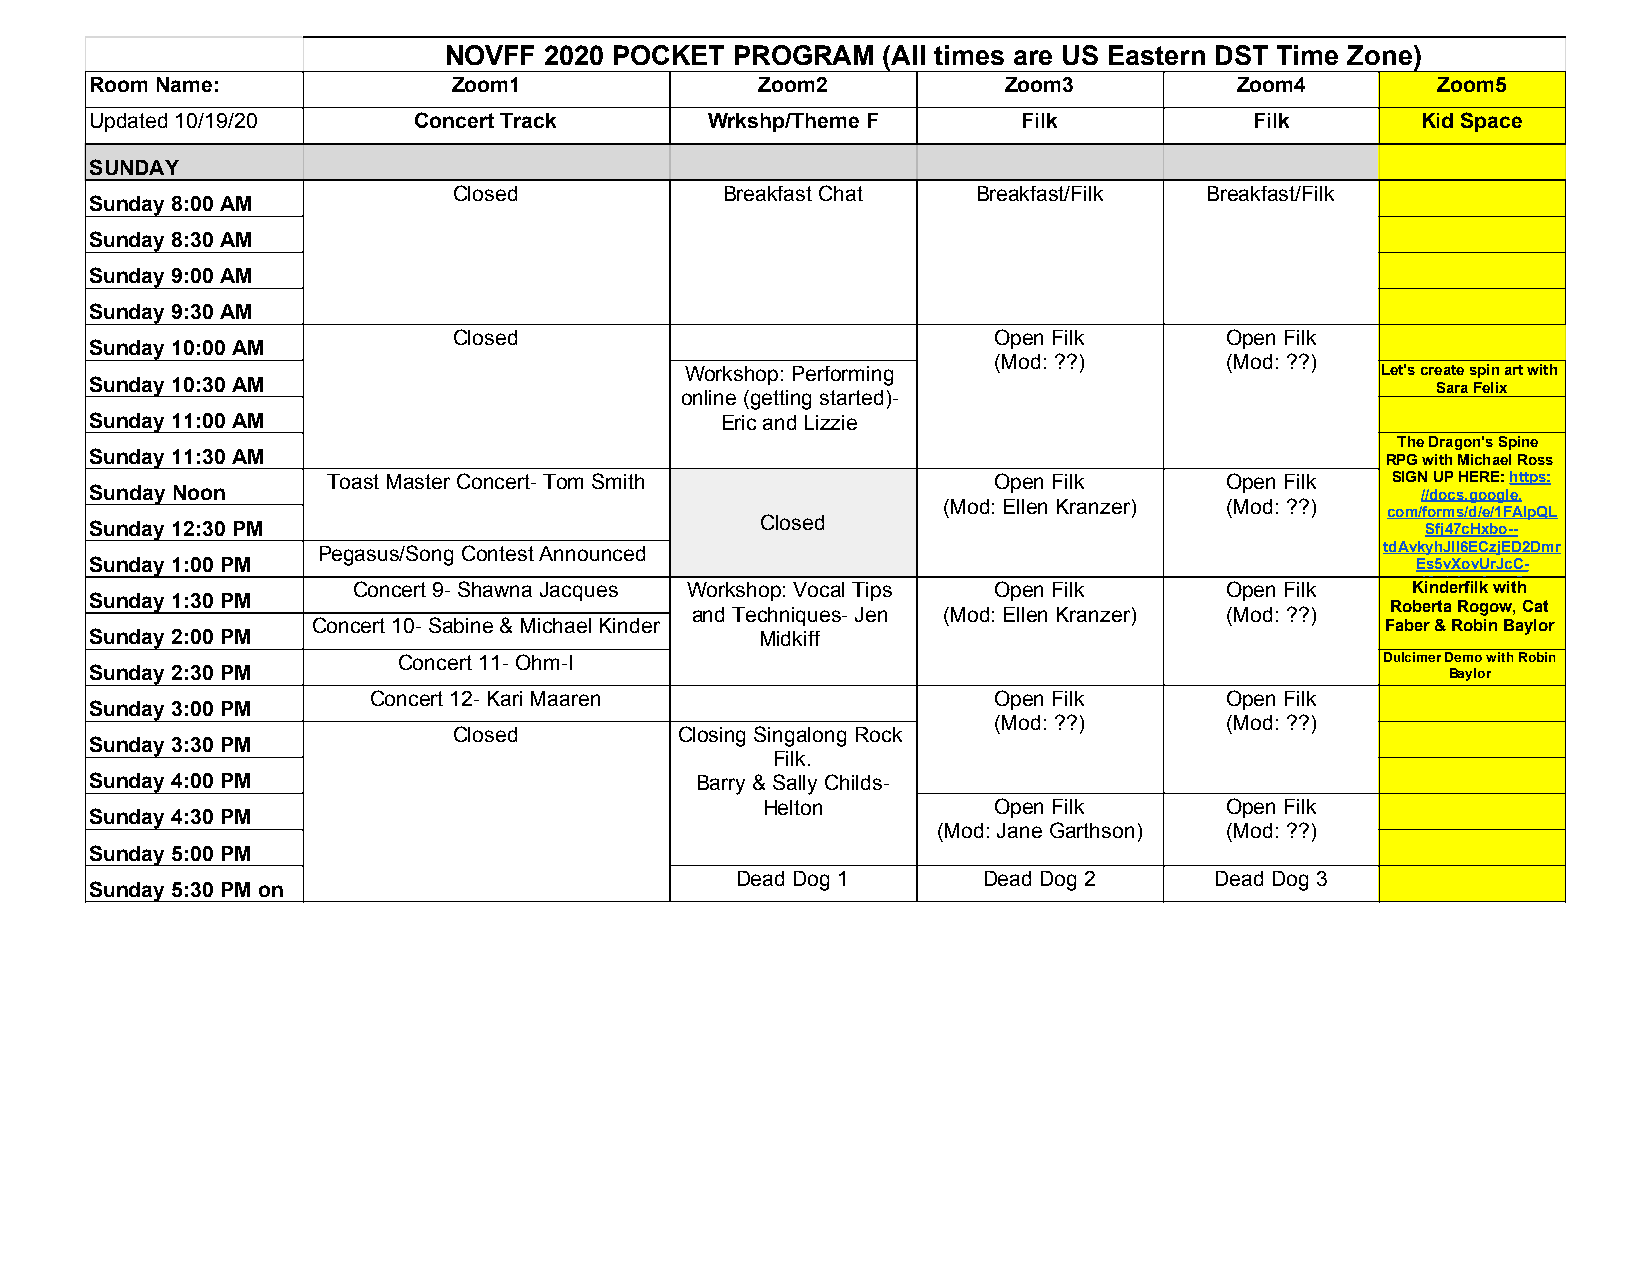
NOVFF  2020 POCKET  PROGRAM  (All times are US Eastern DST Time Zone)
 Room Name:              Zoom1               Zoom2           Zoom3           Zoom4        Zoom5
 Updated 10/19/20     Concert Track       Wrkshp/Theme F       Filk           Filk       Kid Space
 SUNDAY
 Closed            Breakfast Chat   Breakfast/Filk Breakfast/Filk
 Sunday 8:00 AM
 Sunday 8:30 AM
 Sunday 9:00 AM
 Sunday 9:30 AM
 Closed                              Open Filk      Open Filk
 Sunday 10:00 AM
 (Mod: ??)      (Mod: ??)
 Workshop: Performing                          Let's create spin art with
 Sunday 10:30 AM                                                                          Sara Felix
 online (getting started)-
 Sunday 11:00 AM                           Eric and Lizzie
 The Dragon's Spine
 Sunday 11:30 AM                                                                       RPG with Michael Ross
 Toast Master Concert- Tom Smith             Open Filk      Open Filk  SIGN UP HERE: https:
 Sunday Noon                                                                             //docs.google.
 (Mod: Ellen Kranzer) (Mod: ??)
 com/forms/d/e/1FAIpQL
 Sunday 12:30 PM                             Closed                                      Sfj47cHxbo--
 Pegasus/Song Contest Announced                                         tdAvkyhJII6ECzjED2Dmr
 Sunday 1:00 PM                                                                          Es5vXovUrJcC-
 Concert 9- Shawna Jacques Workshop: Vocal Tips Open Filk  Open Filk   K4i3ngd/veirefwilkfo wrmit?h
 Sunday 1:30 PM                                                                           usp=sf_link
 and Techniques- Jen (Mod: Ellen Kranzer) (Mod: ??) Roberta Rogow, Cat
 Concert 10- Sabine & Michael Kinder                                    Faber & Robin Baylor
 Sunday 2:00 PM                              Midkiff
 Concert 11- Ohm-I                                                 Dulcimer Demo with Robin
 Sunday 2:30 PM                                                                            Baylor
 Concert 12- Kari Maaren                   Open Filk      Open Filk
 Sunday 3:00 PM
 (Mod: ??)      (Mod: ??)
 Closed         Closing Singalong Rock
 Sunday 3:30 PM
 Filk.
 Sunday 4:00 PM                          Barry & Sally Childs-
 Helton          Open Filk      Open Filk
 Sunday 4:30 PM
 (Mod: Jane Garthson) (Mod: ??)
 Sunday 5:00 PM
 Dead Dog 1      Dead Dog 2     Dead Dog 3
 Sunday 5:30 PM on